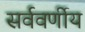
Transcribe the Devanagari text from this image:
सर्ववर्णीय